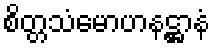
စိတ္တသံမောဟနဋ္ဌာနံ